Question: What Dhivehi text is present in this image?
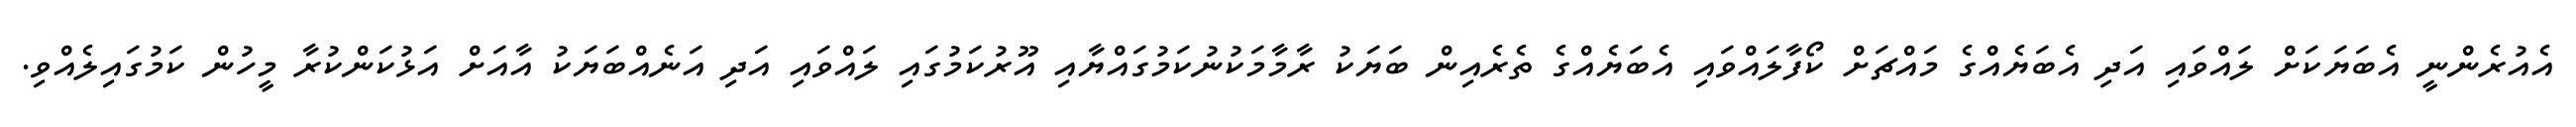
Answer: އެއުރެންނީ އެބަޔަކަށް ލައްވައި އަދި އެބަޔެއްގެ މައްޗަށް ކޯފާލައްވައި އެބަޔެއްގެ ތެރެއިން ބަޔަކު ރާމާމަކުނުކަމުގައްޔާއި އޫރުކަމުގައި ލައްވައި އަދި އަނެއްބަޔަކު އާއަށް އަޅުކަންކުރާ މީހުން ކަމުގައިލެއްވި.